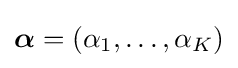
{\boldsymbol {\alpha }}=(\alpha _{1},\ldots ,\alpha _{K})